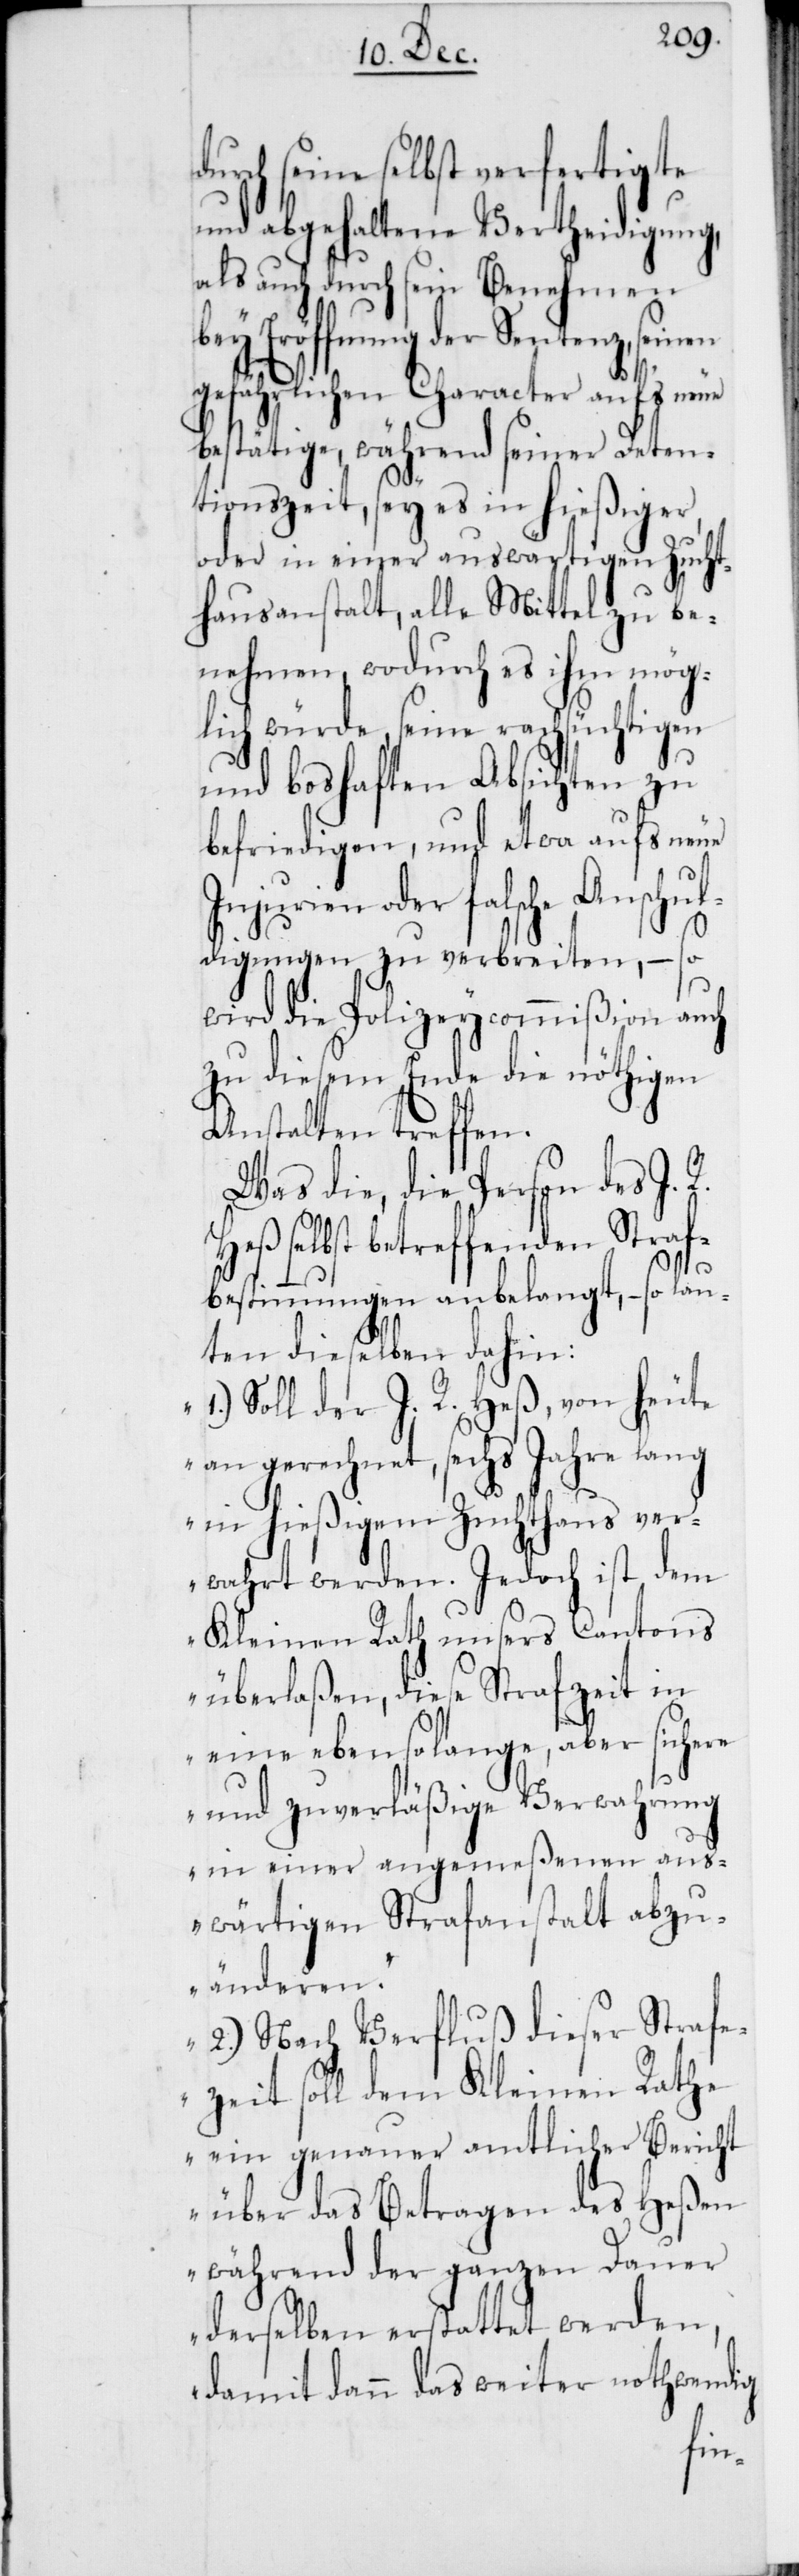
durch seine selbst verfertigte
und abgehaltene Vertheidigung,
als auch durch sein Benehmen
Eröffnung der Sentenz,
gefährlichen Character auf’s neue
bestätige, während seiner Deten¬
tionszeit, sey es in hießiger
oder in einer auswärtigen Zucht¬
hausanstalt, alle Mittel zu be¬
nehmen, wodurch es ihm mög¬
lich würde, seine rachsüchtigen
und boshaften Absichten zu
befriedigen, und etwa aufs neue
Injurien oder falsche Anschul¬
digungen zu verbreiten, – so
wird die Polizeycommißion auch
zu diesem Ende die nöthigen
Anstalten treffen.
Was die, die Person des J.
selbst betreffenden Straf¬
bestimmungen anbelangt, – so lau¬
ten dieselben dahin:
„1.) Soll der J. R. Heß, von heute
an gerechnet, sechs Jahre lang
in hießigem Zuchthaus ver¬
wahrt werden. Jedoch ist dem
Kleinen Rath unsers Cantons
überlaßen, diese Strafzeit in
eine ebenso lange, aber sichere
und zuverläßige Verwahrung
in einer angemeßenen aus¬
wärtigen Strafanstalt abzu¬
änderen.“
„2.) Nach Verfluß dieser Strafe¬
zeit soll dem Kleinen Rathe
ein genauer amtlicher Bericht
über das Betragen des Heßen
während der ganzen Dauer
derselben erstattet werden,
damit dann das weiter nothwendig